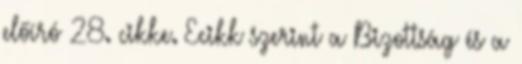
előíró 28. cikke. Ecikk szerint a Bizottság és a